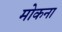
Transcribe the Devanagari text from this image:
मोकना